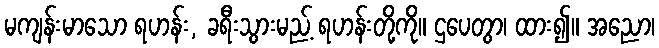
မကျန်းမာသော ရဟန်း, ခရီးသွားမည့် ရဟန်းတို့ကို။ ဌပေတွာ၊ ထား၍။ အညော၊